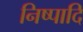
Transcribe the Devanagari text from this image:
निष्पादि